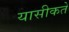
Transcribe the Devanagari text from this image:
यासीकते